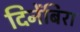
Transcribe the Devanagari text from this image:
दिनेंबिरा